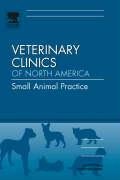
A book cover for Dentistry, An Issue of Veterinary Clinics: Small Animal Practice, 1e (The Clinics: Veterinary Medicine); Steven E. Holmstrom DVM; Medical Books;